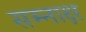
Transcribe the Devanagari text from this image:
सम्नाक्ष